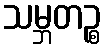
သမ္ဘတဉ္စ